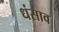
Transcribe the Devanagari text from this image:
धंसाव